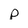
Character: p